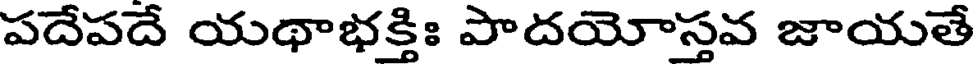
పదేపదే యథాభక్తిః పాదయోస్తవ జాయతే